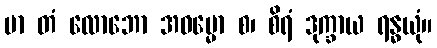
မာ တံ လောဘော အဓမ္မော စ၊ စိရံ ဒုက္ခာယ ရန္ဓယုံ။